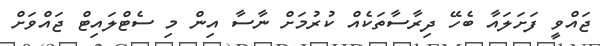
ޖައްވީ ފަށަލައާ ބެހޭ ދިރާސާތަކެއް ކުރުމަށް ނާސާ އިން މި ސެޓްލައިޓް ޖައްވަށް